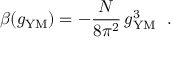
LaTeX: \beta ( g _ { \mathrm { Y M } } ) = - \frac { N } { 8 \pi ^ { 2 } } \, g _ { \mathrm { Y M } } ^ { 3 } ~ ~ .